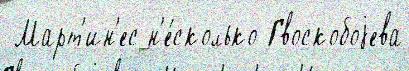
 Март'ин'ес н'е́сколько Гвоскобоjева